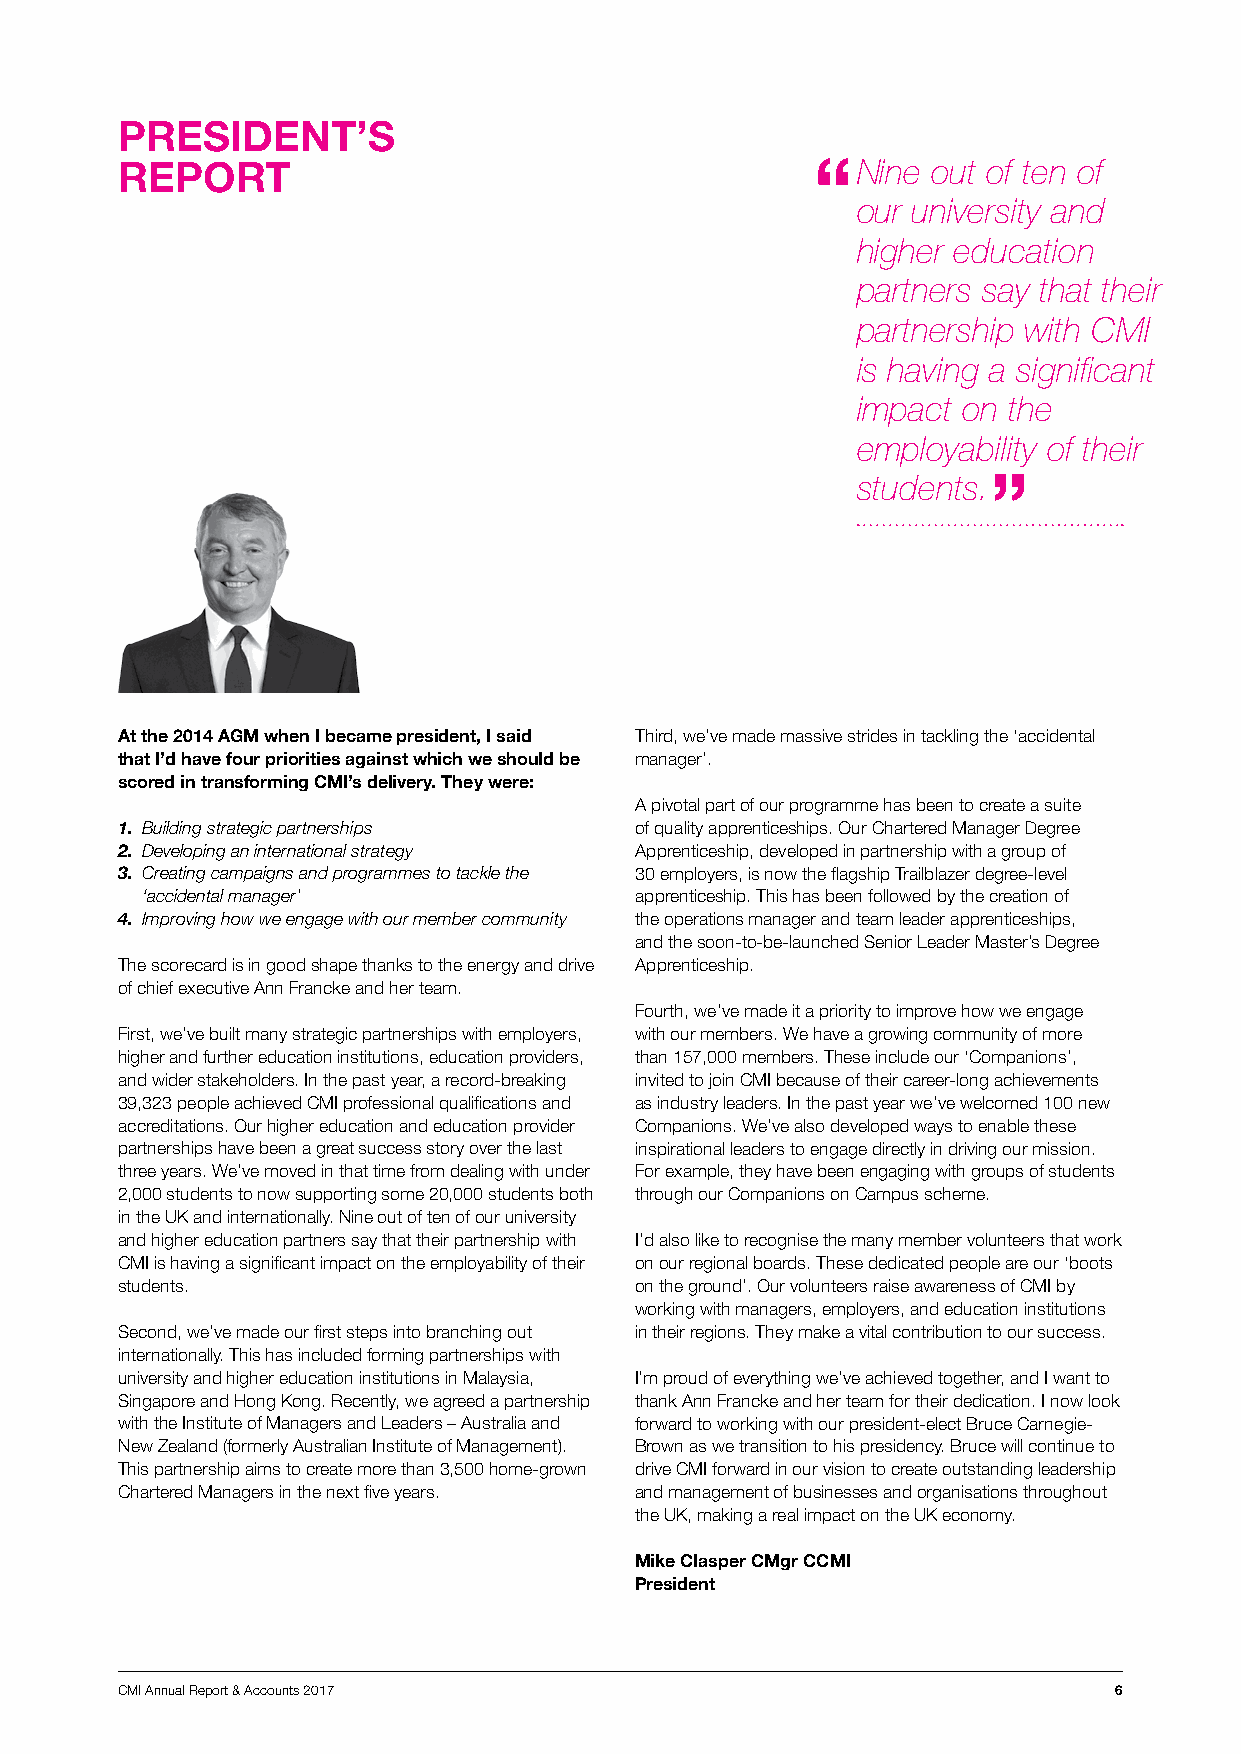
PRESIDENT’S
 REPORT                                           Nine out of ten of
 our university and
 higher education
 partners say that their
 partnership with CMI
 is having a significant
 impact on the
 employability of their
 students.
 At the 2014 AGM when I became president, I said Third, we’ve made massive strides in tackling the ‘accidental
 that I’d have four priorities against which we should be manager’.
 scored in transforming CMI’s delivery. They were:
 A pivotal part of our programme has been to create a suite
 1. Building strategic partnerships of quality apprenticeships. Our Chartered Manager Degree
 2. Developing an international strategy Apprenticeship, developed in partnership with a group of
 3. Creating campaigns and programmes to tackle the 30 employers, is now the flagship Trailblazer degree-level
 ‘accidental manager’             apprenticeship. This has been followed by the creation of
 4. Improving how we engage with our member community the operations manager and team leader apprenticeships,
 and the soon-to-be-launched Senior Leader Master’s Degree
 The scorecard is in good shape thanks to the energy and drive Apprenticeship.
 of chief executive Ann Francke and her team.
 Fourth, we’ve made it a priority to improve how we engage
 First, we’ve built many strategic partnerships with employers, with our members. We have a growing community of more
 higher and further education institutions, education providers, than 157,000 members. These include our ‘Companions’,
 and wider stakeholders. In the past year, a record-breaking invited to join CMI because of their career-long achievements
 39,323 people achieved CMI professional qualifications and as industry leaders. In the past year we’ve welcomed 100 new
 accreditations. Our higher education and education provider Companions. We’ve also developed ways to enable these
 partnerships have been a great success story over the last inspirational leaders to engage directly in driving our mission.
 three years. We’ve moved in that time from dealing with under For example, they have been engaging with groups of students
 2,000 students to now supporting some 20,000 students both through our Companions on Campus scheme.
 in the UK and internationally. Nine out of ten of our university
 and higher education partners say that their partnership with I’d also like to recognise the many member volunteers that work
 CMI is having a significant impact on the employability of their on our regional boards. These dedicated people are our ‘boots
 students.                         on the ground’. Our volunteers raise awareness of CMI by
 working with managers, employers, and education institutions
 Second, we’ve made our first steps into branching out in their regions. They make a vital contribution to our success.
 internationally. This has included forming partnerships with
 university and higher education institutions in Malaysia, I’m proud of everything we’ve achieved together, and I want to
 Singapore and Hong Kong. Recently, we agreed a partnership thank Ann Francke and her team for their dedication. I now look
 with the Institute of Managers and Leaders – Australia and forward to working with our president-elect Bruce Carnegie-
 New Zealand (formerly Australian Institute of Management). Brown as we transition to his presidency. Bruce will continue to
 This partnership aims to create more than 3,500 home-grown drive CMI forward in our vision to create outstanding leadership
 Chartered Managers in the next five years. and management of businesses and organisations throughout
 the UK, making a real impact on the UK economy.
 Mike Clasper CMgr CCMI
 President
 CMI Annual Report & Accounts 2017                                 6